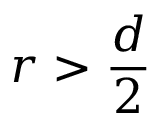
r > \frac { d } { 2 }